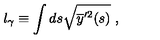
l _ { \gamma } \equiv \int d s \sqrt { \overline { y } ^ { \prime 2 } ( s ) } \ ,